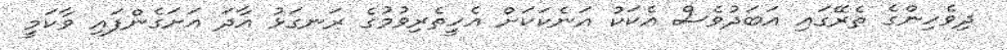
ދިވެހިންގެ ތެރޭގައި އަބަދުވެސް އެކަކު އަނެކަކަށް އެހީތެރިވުމުގެ ރަނގަޅު އާދަ އަށަގެންފައި ވާކަމީ